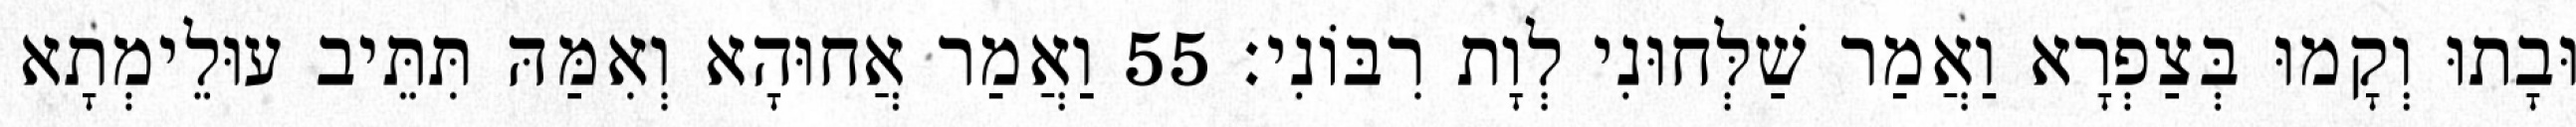
וּבָתוּ וְקָמוּ בְּצַפְרָא וַאֲמַר שַׁלְּחוּנִי לְוָת רִבּוֹנִי׃ 55 וַאֲמַר אֲחוּהָא וְאִמַּהּ תִּתֵּיב עוּלֵימְתָא